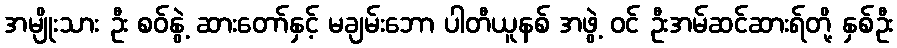
အမျိုးသား ဦး စဝ်နွဲ့ ဆားတော်နှင့် မချမ်းဘော ပါတီယူနစ် အဖွဲ့ ဝင် ဦးအမ်ဆင်ဆားရ်တို့ နှစ်ဦး